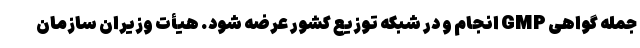
جمله گواهی GMP انجام و در شبکه توزیع کشور عرضه شود. هیأت وزیران سازمان